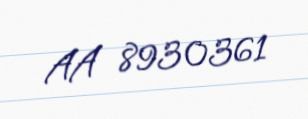
AA 8930361